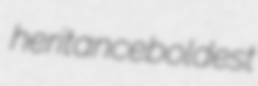
heritance boldest